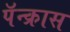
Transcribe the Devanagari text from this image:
पॅन्क्रास